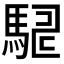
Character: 𮪇